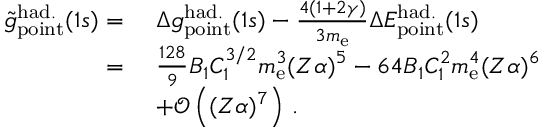
\begin{array} { r l } { \tilde { g } _ { \mathrm { p o i n t } } ^ { \mathrm { h a d . } } ( 1 s ) = \ } & { \Delta { g } _ { \mathrm { p o i n t } } ^ { \mathrm { h a d . } } ( 1 s ) - \frac { 4 ( 1 + 2 \gamma ) } { 3 m _ { \mathrm { e } } } \Delta { E } _ { \mathrm { p o i n t } } ^ { \mathrm { h a d . } } ( 1 s ) } \\ { = \ } & { \frac { 1 2 8 } { 9 } B _ { 1 } C _ { 1 } ^ { 3 / 2 } m _ { \mathrm { e } } ^ { 3 } ( Z \alpha ) ^ { 5 } - 6 4 B _ { 1 } C _ { 1 } ^ { 2 } m _ { \mathrm { e } } ^ { 4 } ( Z \alpha ) ^ { 6 } } \\ & { + \mathcal { O } \left( ( Z \alpha ) ^ { 7 } \right) \, . } \end{array}